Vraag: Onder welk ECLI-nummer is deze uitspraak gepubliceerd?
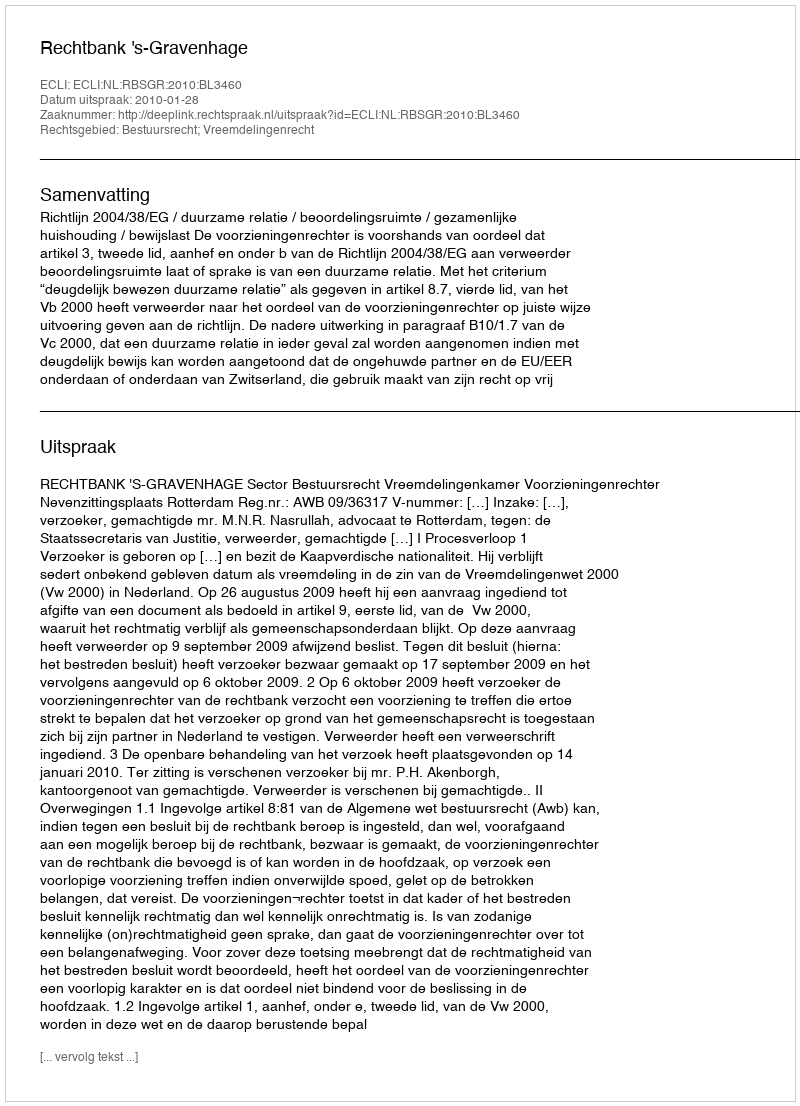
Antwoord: ECLI:NL:RBSGR:2010:BL3460